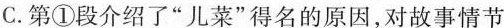
C.第①段介绍了“儿菜”得名的原因,对故事情节